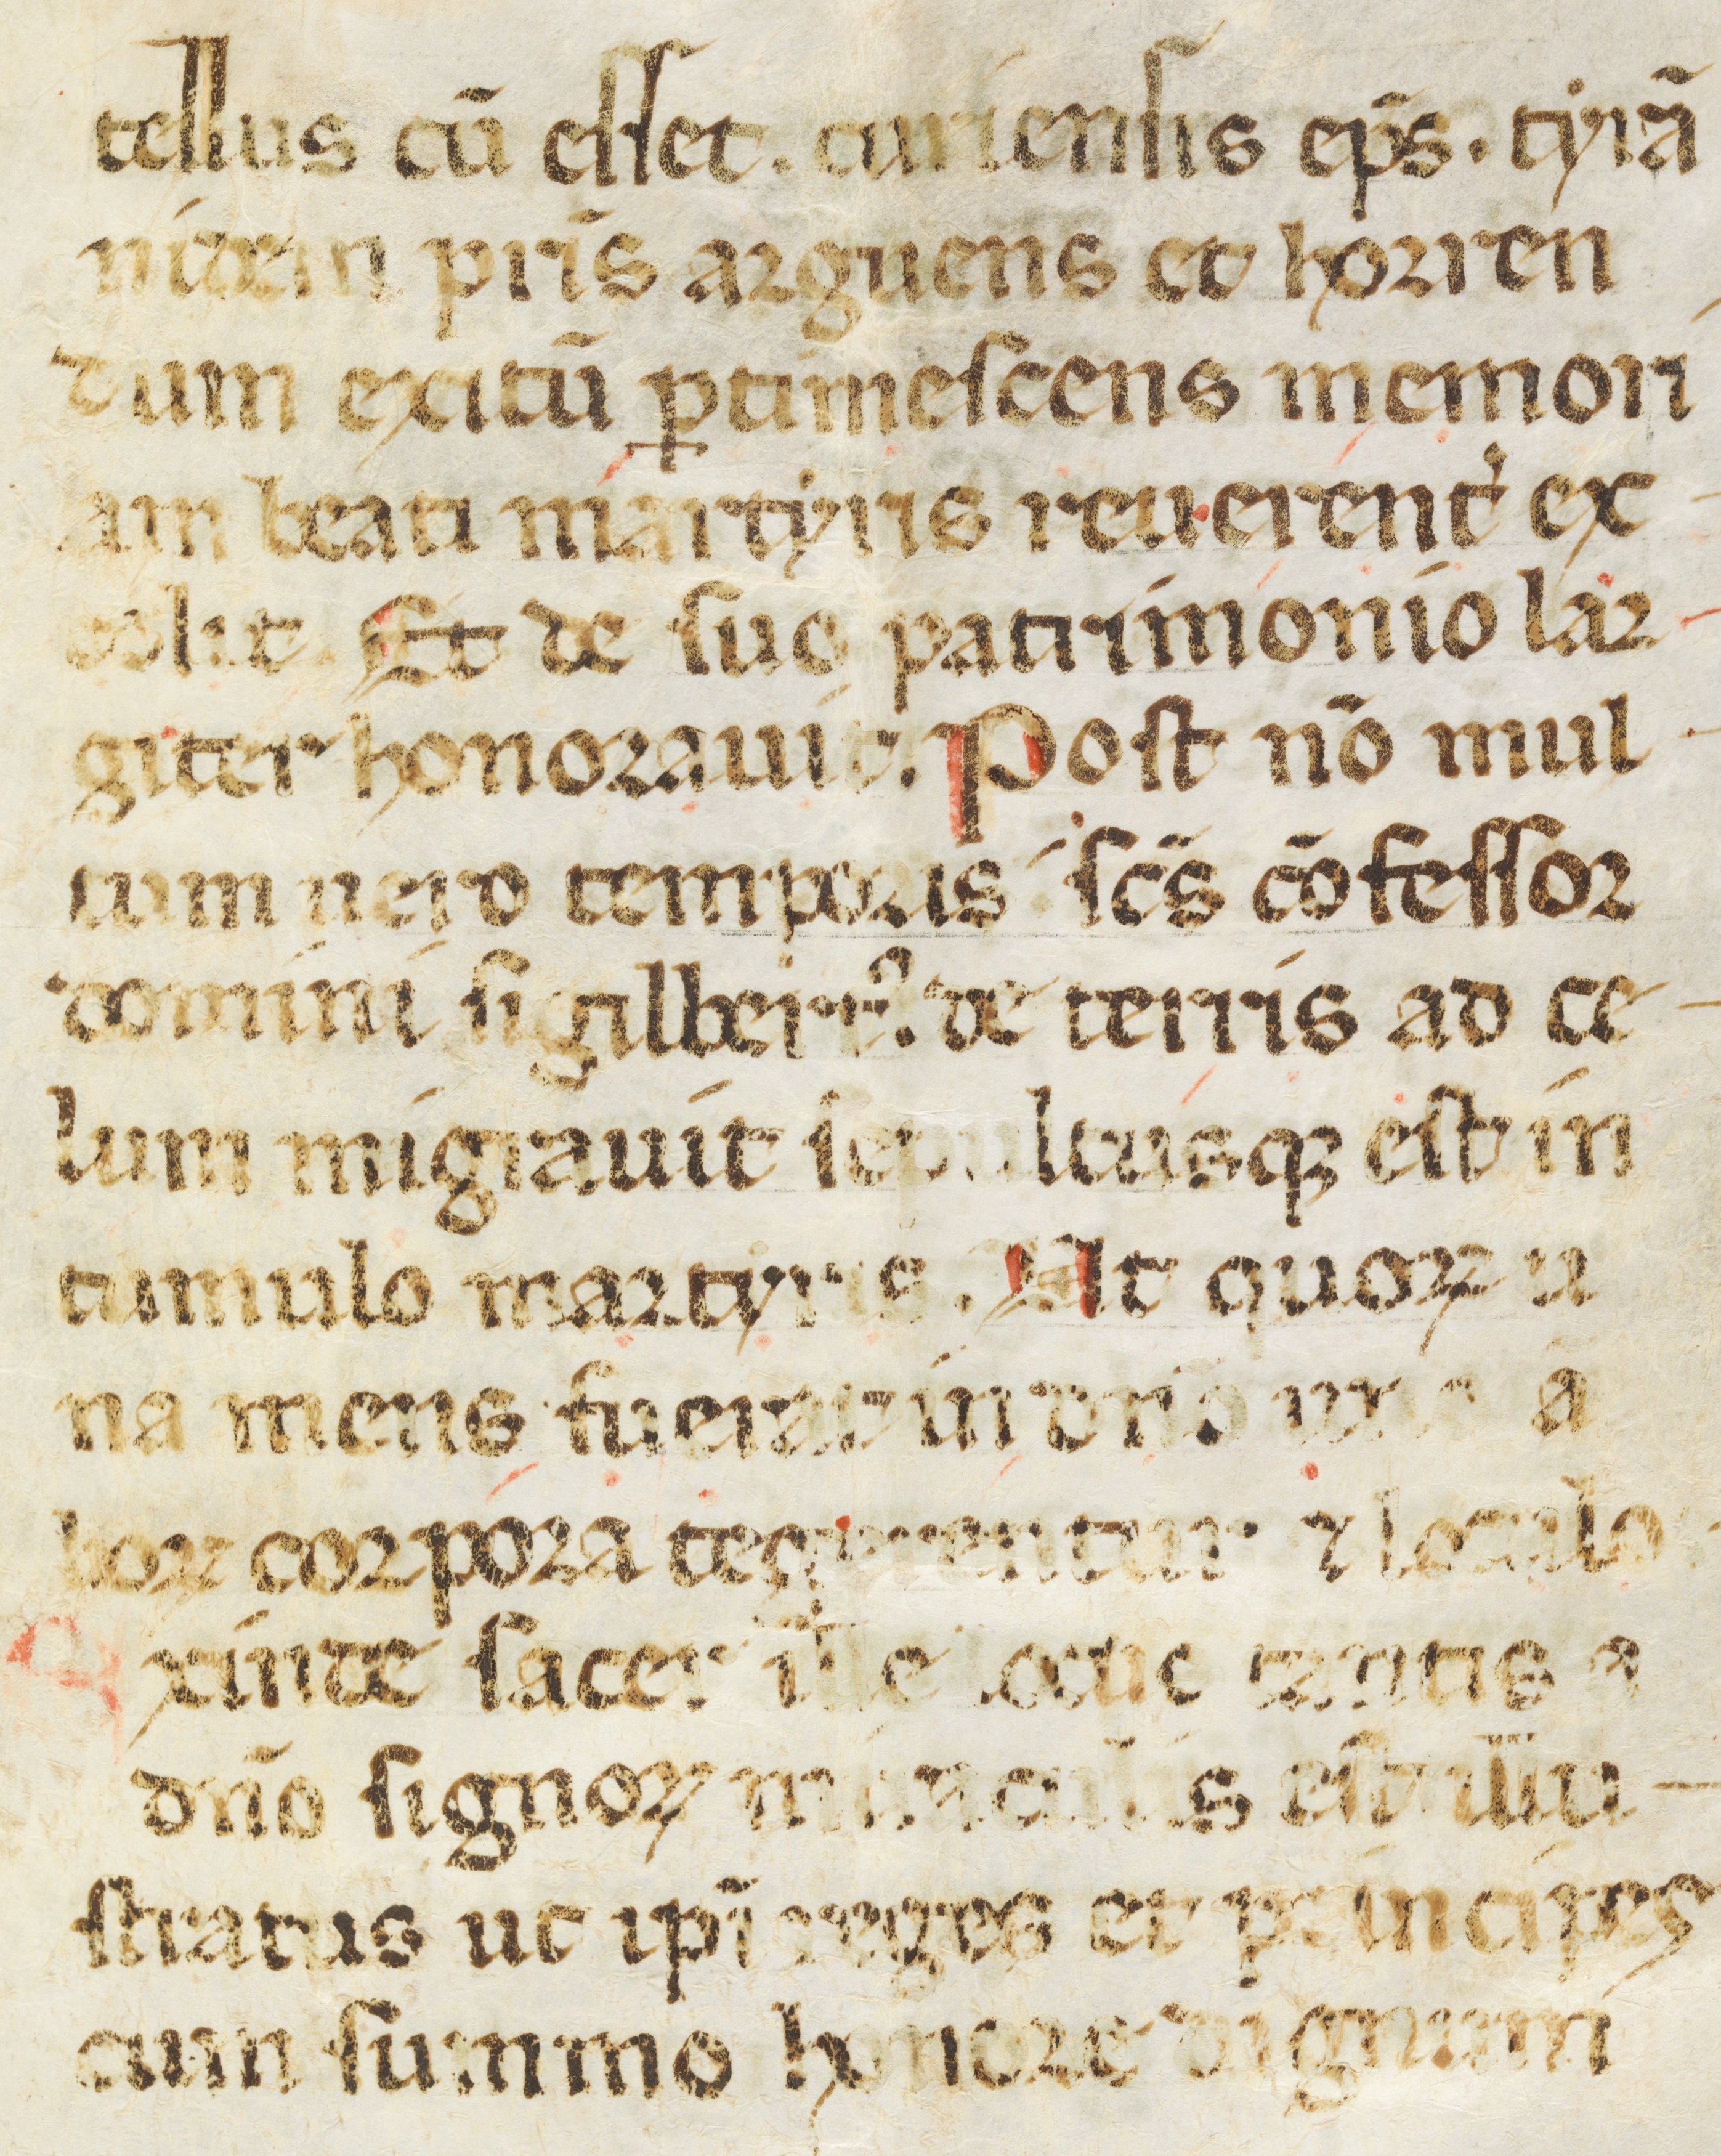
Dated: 1300–1399